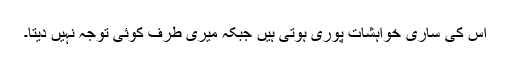
اس کی ساری خواہشات پوری ہوتی ہیں جبکہ میری طرف کوئی توجہ نہیں دیتا۔